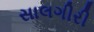
સાલગીરી